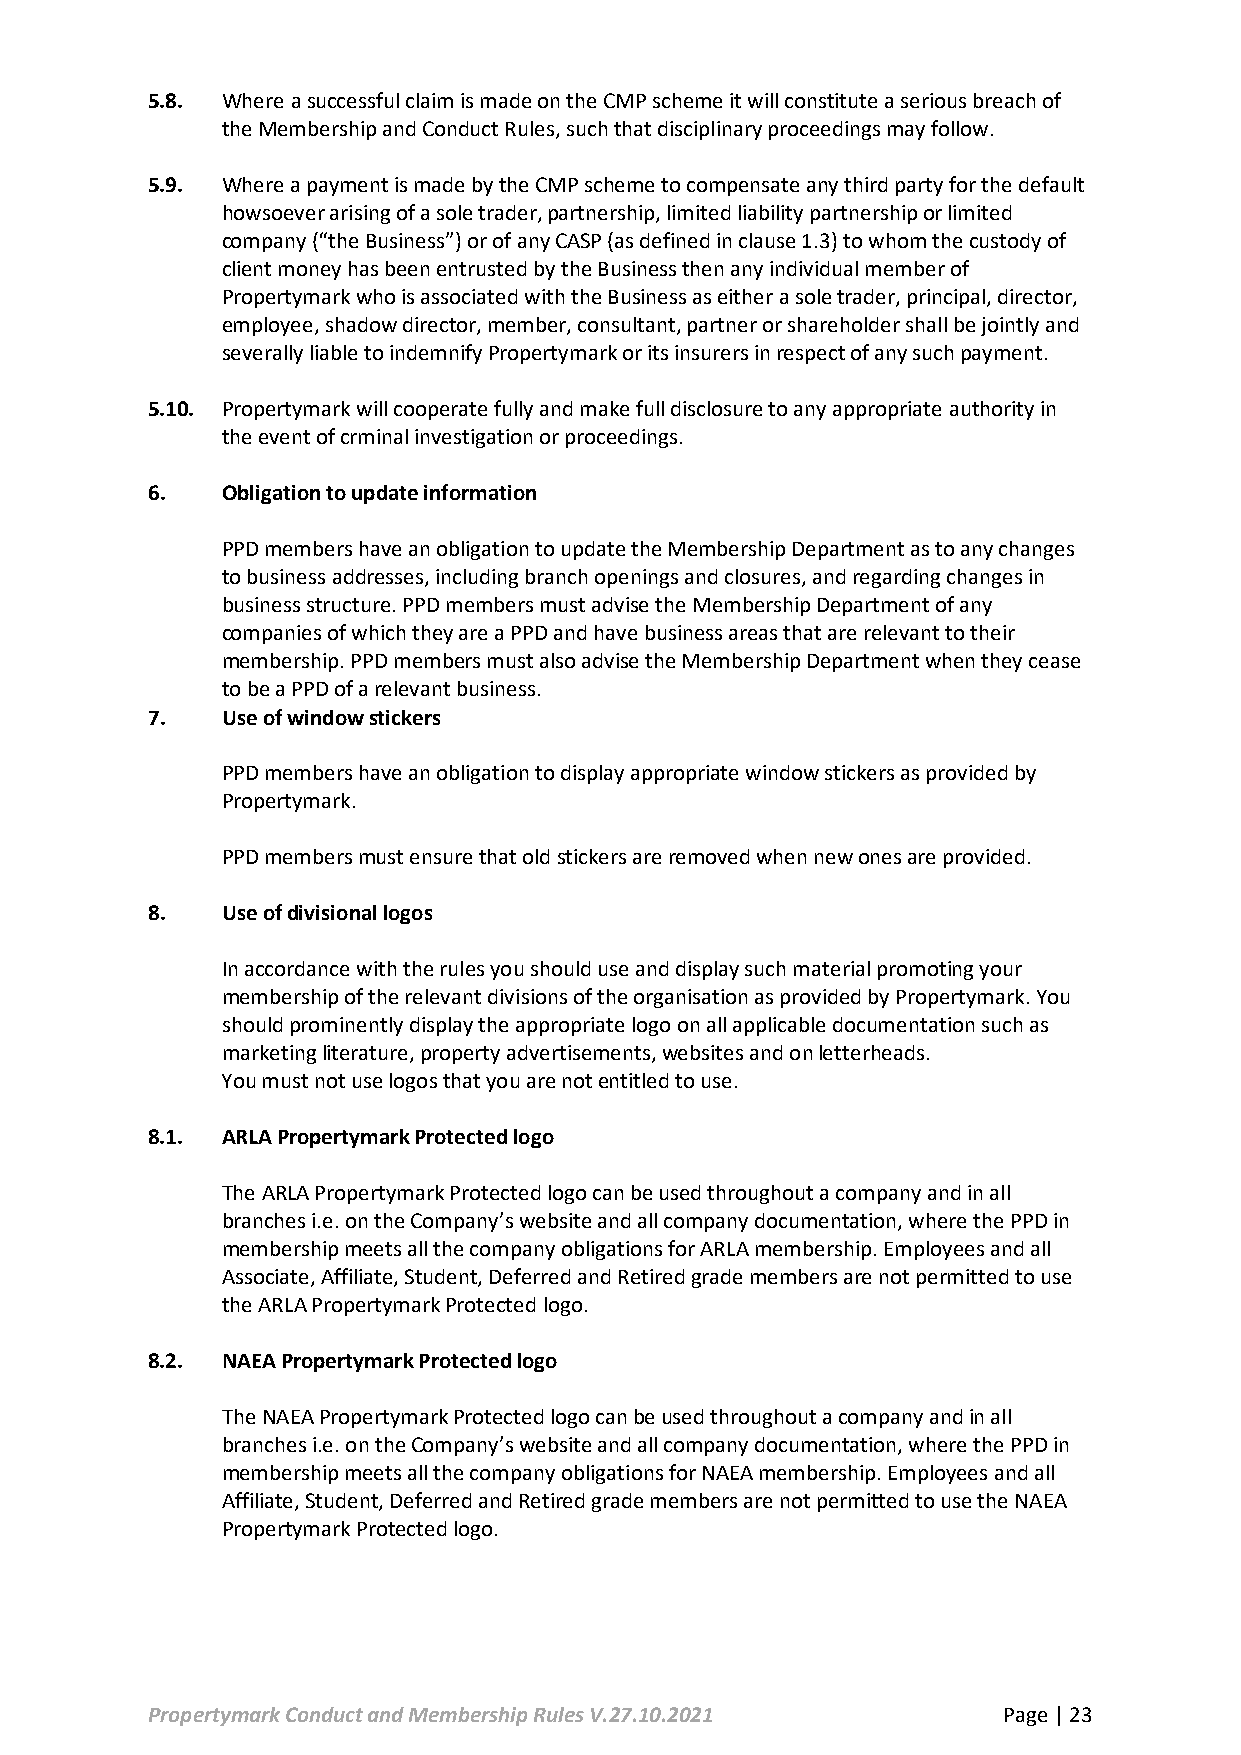
5.8. Where a successful claim is made on the CMP scheme it will constitute a serious breach of
 the Membership and Conduct Rules, such that disciplinary proceedings may follow.
 5.9. Where a payment is made by the CMP scheme to compensate any third party for the default
 howsoever arising of a sole trader, partnership, limited liability partnership or limited
 company (“the Business”) or of any CASP (as defined in clause 1.3) to whom the custody of
 client money has been entrusted by the Business then any individual member of
 Propertymark who is associated with the Business as either a sole trader, principal, director,
 employee, shadow director, member, consultant, partner or shareholder shall be jointly and
 severally liable to indemnify Propertymark or its insurers in respect of any such payment.
 5.10. Propertymark will cooperate fully and make full disclosure to any appropriate authority in
 the event of crminal investigation or proceedings.
 6.   Obligation to update information
 PPD members have an obligation to update the Membership Department as to any changes
 to business addresses, including branch openings and closures, and regarding changes in
 business structure. PPD members must advise the Membership Department of any
 companies of which they are a PPD and have business areas that are relevant to their
 membership. PPD members must also advise the Membership Department when they cease
 to be a PPD of a relevant business.
 7.   Use of window stickers
 PPD members have an obligation to display appropriate window stickers as provided by
 Propertymark.
 PPD members must ensure that old stickers are removed when new ones are provided.
 8.   Use of divisional logos
 In accordance with the rules you should use and display such material promoting your
 membership of the relevant divisions of the organisation as provided by Propertymark. You
 should prominently display the appropriate logo on all applicable documentation such as
 marketing literature, property advertisements, websites and on letterheads.
 You must not use logos that you are not entitled to use.
 8.1. ARLA Propertymark Protected logo
 The ARLA Propertymark Protected logo can be used throughout a company and in all
 branches i.e. on the Company’s website and all company documentation, where the PPD in
 membership meets all the company obligations for ARLA membership. Employees and all
 Associate, Affiliate, Student, Deferred and Retired grade members are not permitted to use
 the ARLA Propertymark Protected logo.
 8.2. NAEA Propertymark Protected logo
 The NAEA Propertymark Protected logo can be used throughout a company and in all
 branches i.e. on the Company’s website and all company documentation, where the PPD in
 membership meets all the company obligations for NAEA membership. Employees and all
 Affiliate, Student, Deferred and Retired grade members are not permitted to use the NAEA
 Propertymark Protected logo.
 Propertymark Conduct and Membership Rules V.27.10.2021  Page | 23